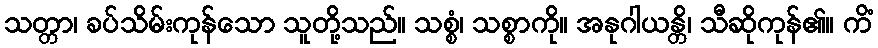
သတ္တာ၊ ခပ်သိမ်းကုန်သော သူတို့သည်။ သစ္စံ၊ သစ္စာကို။ အနုဂါယန္တိ၊ သီဆိုကုန်၏။ ကိံ